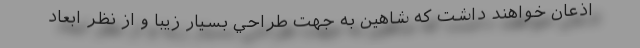
اذعان خواهند داشت كه شاهين به جهت طراحي بسيار زيبا و از نظر ابعاد